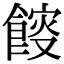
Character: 𩜯